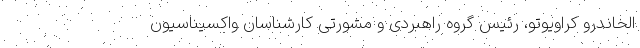
الخاندرو کراویوتو، رئیس گروه راهبردی و مشورتی کارشناسان واکسیناسیون